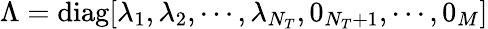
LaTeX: \Lambda=\mathrm{diag}[\lambda_{1},\lambda_{2},\cdots,\lambda_{N_{T}},0_{{N_{T}}+1},\cdots,0_{M}]